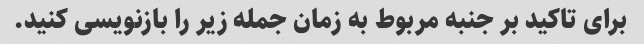
برای تاکید بر جنبه مربوط به زمان جمله زیر را بازنویسی کنید.